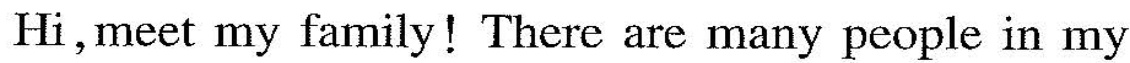
Hi,meet my family!There are many people in my